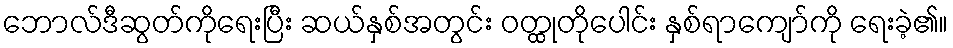
ဘောလ်ဒီဆွတ်ကိုရေးပြီး ဆယ်နှစ်အတွင်း ဝတ္ထုတိုပေါင်း နှစ်ရာကျော်ကို ရေးခဲ့၏။